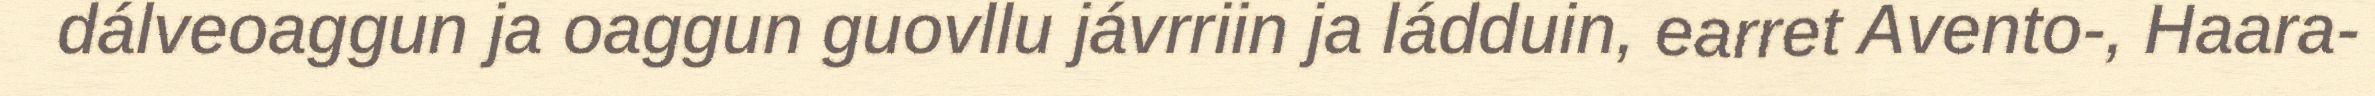
dálveoaggun ja oaggun guovllu jávrriin ja ládduin, earret Avento-, Haara-